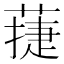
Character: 蓵